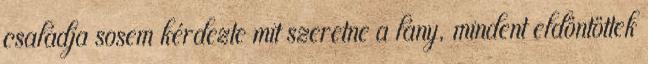
családja sosem kérdezte mit szeretne a lány, mindent eldöntöttek